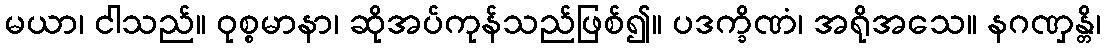
မယာ၊ ငါသည်။ ဝုစ္စမာနာ၊ ဆိုအပ်ကုန်သည်ဖြစ်၍။ ပဒက္ခိဏံ၊ အရိုအသေ။ နဂဏှန္တိ၊